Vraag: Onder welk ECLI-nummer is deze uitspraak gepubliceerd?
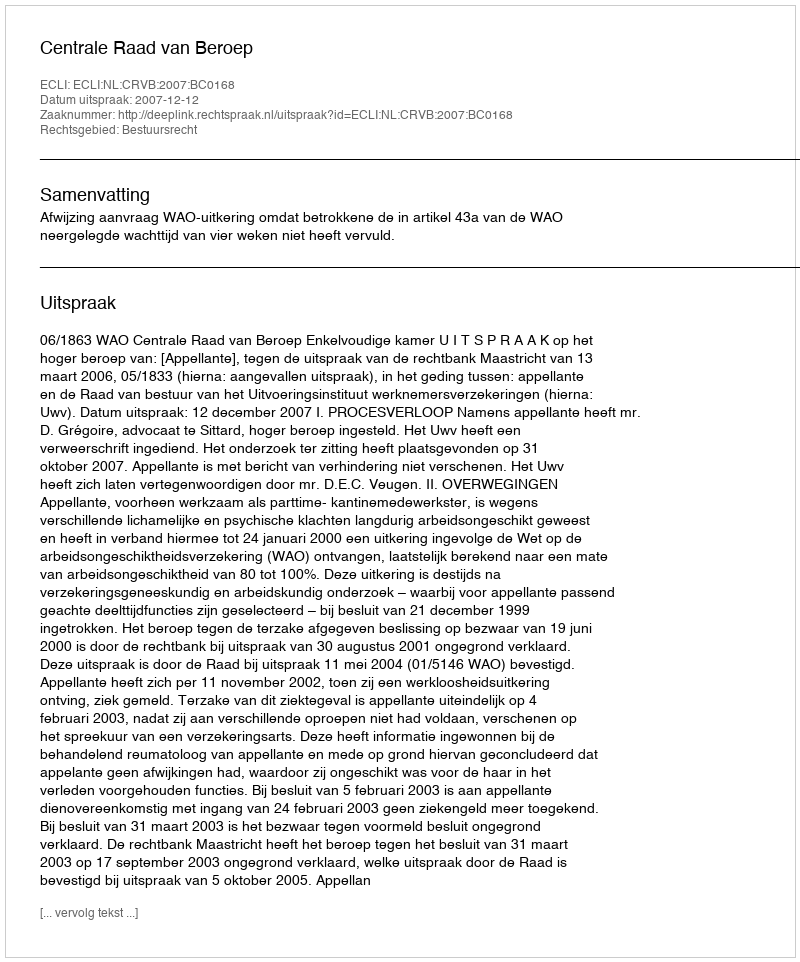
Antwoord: ECLI:NL:CRVB:2007:BC0168